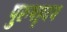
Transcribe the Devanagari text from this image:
पुरुषहृदय